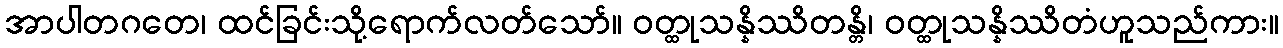
အာပါတဂတေ၊ ထင်ခြင်းသို့ရောက်လတ်သော်။ ဝတ္ထုသန္နိဿိတန္တိ၊ ဝတ္ထုသန္နိဿိတံဟူသည်ကား။